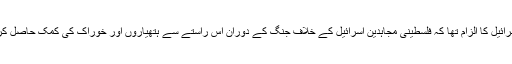
کیونکہ اسرائیل کا الزام تھا کہ فلسطینی مجاہدین اسرائیل کے خلاف جنگ کے دوران اس راستے سے ہتھیاروں اور خوراک کی کمک حاصل کرتے ہیں ۔